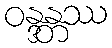
ဝန္ဒန္တဿ